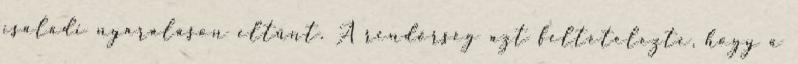
családi nyaraláson eltűnt. A rendőrség azt feltételezte, hogy a